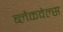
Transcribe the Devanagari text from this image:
ब्‍लैकवेल्‍स